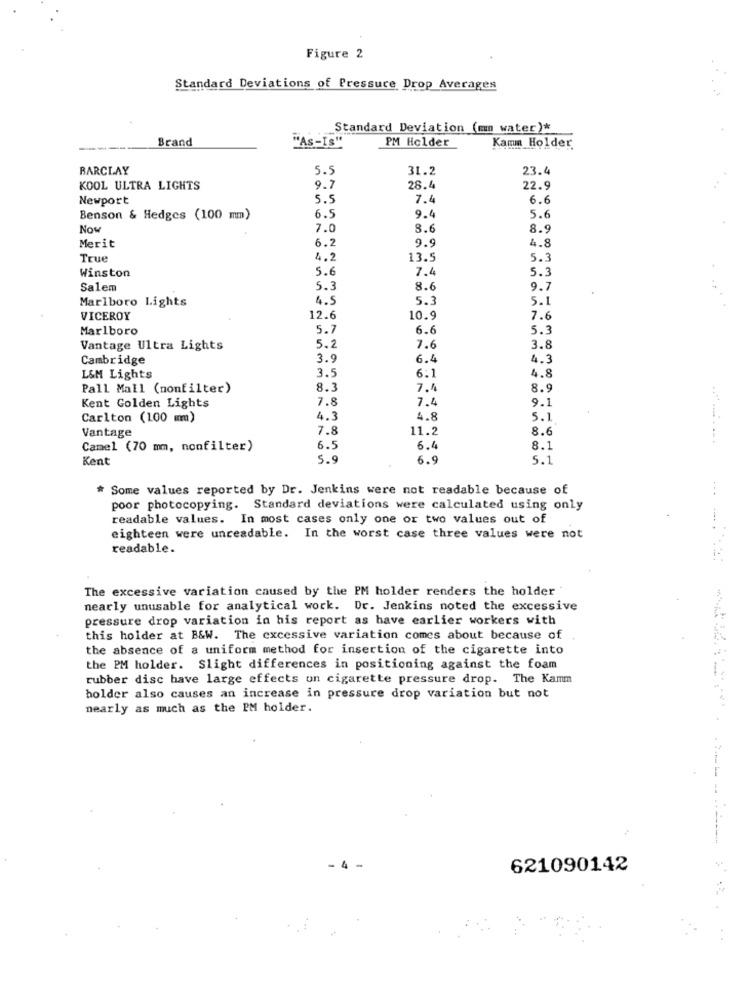
Figure 2
Standard Deviations of Pressure Drop Averages
Standard Deviation (mmm water)*
Brand
"As-Is""
PM Holder
Kamm Holder
BARCLAY
5.5
31.2
23.4
KOOL ULTRA LIGHTS
9.7
28.4
22.9
Newport
5.5
7.4
6.6
Benson & Hedges (100 mm)
6.5
9.4
5.6
Now
7.0
8.6
8.9
Merit
6.2
9.9
4.8
True
4.2
13.5
5.3
Winston
5.6
7,4
5.3
Salem
5.3
8.6
9.7
Marlboro Lights
4.5
5.3
5.1
VICEROY
12.6
10.9
7.6
Marlboro
5.7
6.6
5.3
Vantage Ultra Lights
5.2
7.6
3.8
Cambridge
3.9
6.4
4.3
3.5
6:1
4.8
L&M Lights
Pall Mall (nonfilter)
8.3
7.4
8.9
7.8
7.4
9.1
Kent Golden Lights
Carlton (100 mm)
4.3
4.8
5.1
Vantage
7.8
11.2
8.6
Camel (70 mm, nonfilter)
6.5
6.4
8.1
Kent
5.9
6.9
5.1
* Some values reported by Dr. Jenkins were not readable because of
poor photocopying. Standard deviations were calculated using only
readable values. In most cases only one or two values out of
eighteen were unreadable. In the worst case three values were not
readable.
The excessive variation caused by the PM holder renders the holder
nearly unusable for analytical work. Dr. Jenkins noted the excessive
pressure drop variation in his report as have earlier workers with
this holder at B&W. The excessive variation comes about because of
the absence of a uniform method for insertion of the cigarette into
the PM holder. Slight differences in positioning against the foam
rubber disc have large effects un cigarette pressure drop. The Kamm
holder also causes an increase in pressure drop variation but not
nearly as much as the PM holder.
621090142